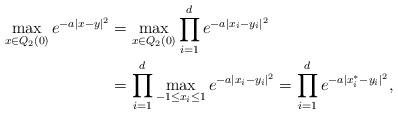
LaTeX: \begin{align*}\max_{x\in Q_2(0)}e^{-a|x-y|^2} &= \max_{x\in Q_2(0)}\prod_{i=1}^de^{-a|x_i-y_i|^2}\\ &=\prod_{i=1}^d\max_{-1\leq x_i\leq 1}e^{-a|x_i-y_i|^2}=\prod_{i=1}^de^{-a|x_i^*-y_i|^2},\end{align*}